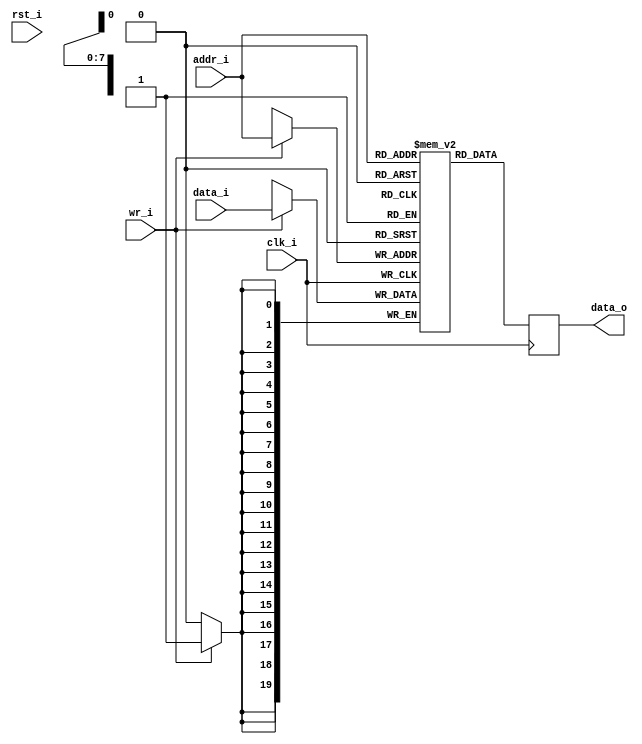
module icache_tag_ram
(
     input           clk_i
    ,input           rst_i
    ,input  [  7:0]  addr_i
    ,input  [ 19:0]  data_i
    ,input           wr_i
    ,output [ 19:0]  data_o
);
reg [19:0]   ram [255:0] ;
reg [19:0]   ram_read_q;
always @ (posedge clk_i)
begin
    if (wr_i)
        ram[addr_i] <= data_i;
    ram_read_q <= ram[addr_i];
end
assign data_o = ram_read_q;
endmodule